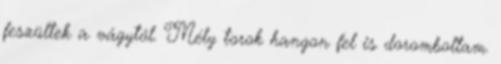
feszültek a vágytól. Mély torok hangon fel is doromboltam.